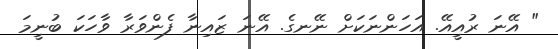
" އޭނަ ރުއީއޭ. އަހަންނަކަށް ނޭނގެ. އޭނަ ޒައިނާ ފެންވަރާ ވާހަކަ ބުނީމަ